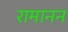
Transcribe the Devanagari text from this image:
रामानन